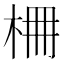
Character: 𣑭